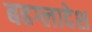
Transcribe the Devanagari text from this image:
बहग्लादेश